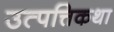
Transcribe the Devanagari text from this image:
उत्पत्तिकथा